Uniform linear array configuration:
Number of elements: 48
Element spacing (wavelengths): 1
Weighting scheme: hann
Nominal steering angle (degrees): -45
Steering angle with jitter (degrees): -43.634
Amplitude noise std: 0.05
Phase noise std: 0.05

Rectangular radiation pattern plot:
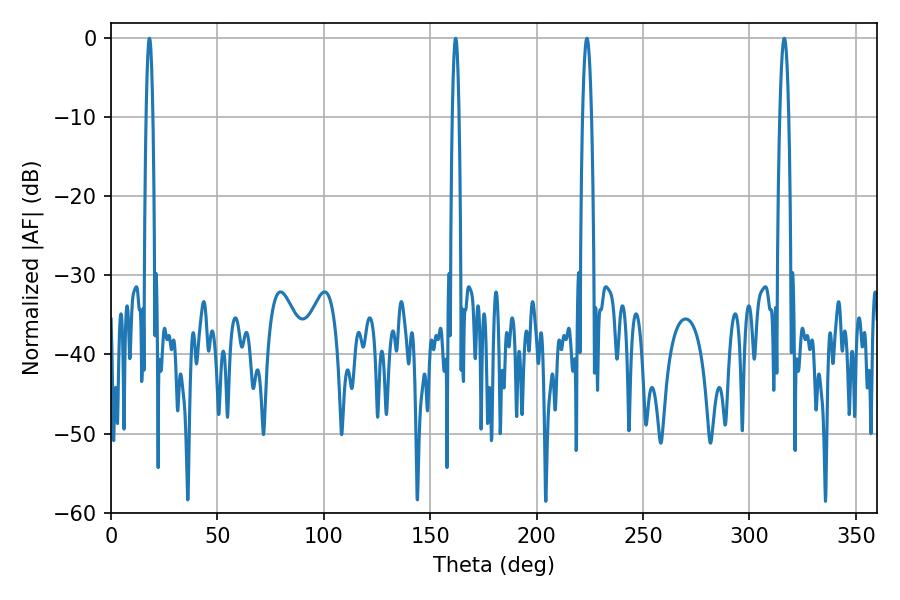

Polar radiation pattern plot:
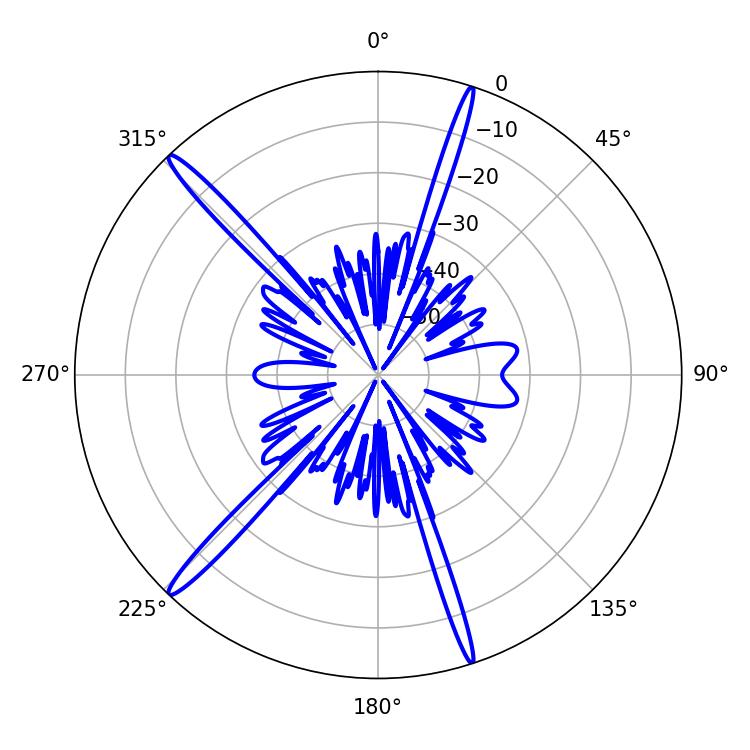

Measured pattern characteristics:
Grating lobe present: TRUE
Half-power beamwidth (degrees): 2.34
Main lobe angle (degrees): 223.56